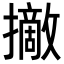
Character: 𢸑